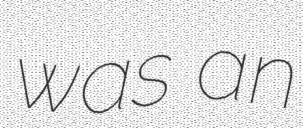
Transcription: was an